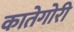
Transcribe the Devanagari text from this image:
कातेगोरी